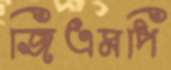
জিএমপি